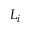
L _ { i }